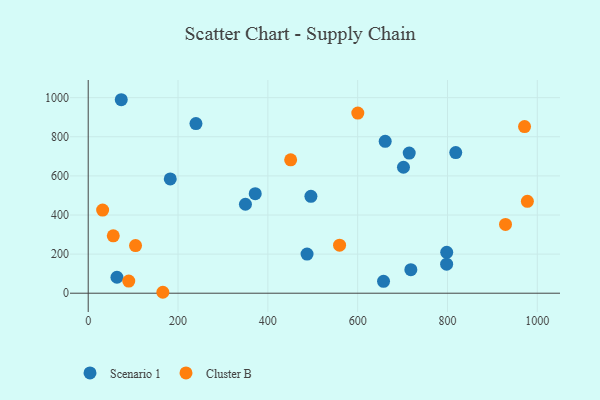
{"axis": {"x": "Speed", "y": "Salary"}, "legend": ["Cluster B", "Scenario 1"], "data": [{"x": "798.3", "y": 209.3, "type": "Scenario 1"}, {"x": "182.7", "y": 584.7, "type": "Scenario 1"}, {"x": "702.0", "y": 644.1, "type": "Scenario 1"}, {"x": "73.6", "y": 989.5, "type": "Scenario 1"}, {"x": "818.4", "y": 719.2, "type": "Scenario 1"}, {"x": "487.3", "y": 200.3, "type": "Scenario 1"}, {"x": "714.8", "y": 716.9, "type": "Scenario 1"}, {"x": "495.9", "y": 495.5, "type": "Scenario 1"}, {"x": "239.9", "y": 867.3, "type": "Scenario 1"}, {"x": "718.4", "y": 120.3, "type": "Scenario 1"}, {"x": "661.3", "y": 776.7, "type": "Scenario 1"}, {"x": "798.1", "y": 148.3, "type": "Scenario 1"}, {"x": "371.9", "y": 509.1, "type": "Scenario 1"}, {"x": "657.6", "y": 61.0, "type": "Scenario 1"}, {"x": "350.1", "y": 454.9, "type": "Scenario 1"}, {"x": "64.0", "y": 81.7, "type": "Scenario 1"}, {"x": "559.7", "y": 245.6, "type": "Cluster B"}, {"x": "166.2", "y": 4.8, "type": "Cluster B"}, {"x": "32.1", "y": 425.4, "type": "Cluster B"}, {"x": "929.2", "y": 352.0, "type": "Cluster B"}, {"x": "977.9", "y": 469.8, "type": "Cluster B"}, {"x": "971.6", "y": 852.1, "type": "Cluster B"}, {"x": "105.4", "y": 243.5, "type": "Cluster B"}, {"x": "90.3", "y": 61.9, "type": "Cluster B"}, {"x": "600.3", "y": 921.1, "type": "Cluster B"}, {"x": "450.8", "y": 681.9, "type": "Cluster B"}, {"x": "55.8", "y": 293.5, "type": "Cluster B"}]}